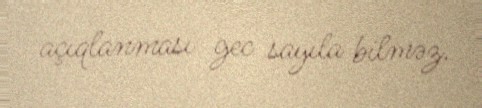
açıqlanması gec sayıla bilməz.